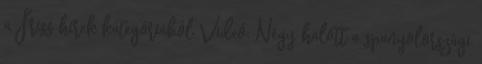
a Friss hírek kategóriából Videó: Négy halott a spanyolországi